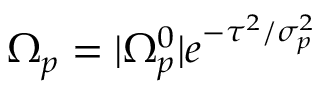
\Omega _ { p } = | \Omega _ { p } ^ { 0 } | e ^ { - \tau ^ { 2 } / \sigma _ { p } ^ { 2 } }